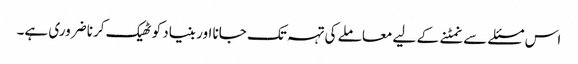
اس مسئلے سے نمٹنے کے لیے معاملے کی تہہ تک جانا اور بنیاد کو ٹھیک کرنا ضروری ہے۔